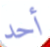
أحد